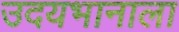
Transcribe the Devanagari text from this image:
उदयभानाला